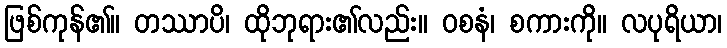
ဖြစ်ကုန်၏။ တဿာပိ၊ ထိုဘုရား၏လည်း။ ဝစနံ၊ စကားကို။ လပုရိယာ၊